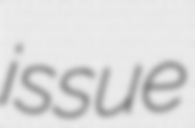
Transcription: issue